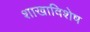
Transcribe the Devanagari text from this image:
शाखाविशेष